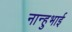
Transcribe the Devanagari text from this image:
नान्हुभाई